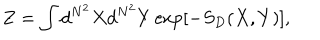
Z = \int d ^ { N ^ { 2 } } X d ^ { N ^ { 2 } } Y \exp [ - S _ { D } ( X , Y ) ] ,